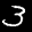
Label: 3